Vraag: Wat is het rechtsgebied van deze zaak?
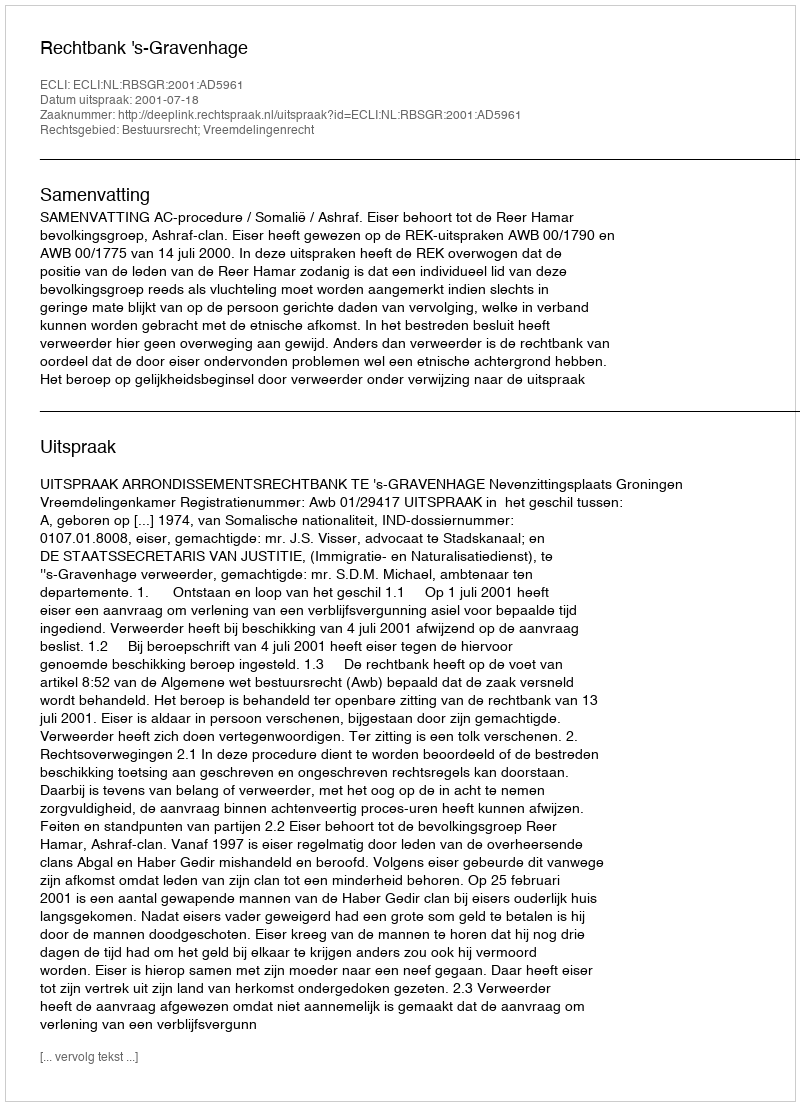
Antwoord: Bestuursrecht; Vreemdelingenrecht